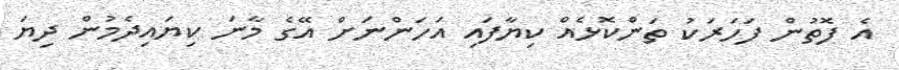
އެ ފޮތުން ފަހަރަކު ތަންކޮޅެއް ކިޔާފައި އަހަންނަށް އޭގެ މާނަ ކިޔައިދެމުން ދިޔަ